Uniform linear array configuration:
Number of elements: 24
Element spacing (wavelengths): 1
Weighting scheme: cosine
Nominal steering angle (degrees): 30
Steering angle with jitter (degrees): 29.585
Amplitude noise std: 0.05
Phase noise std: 0.05

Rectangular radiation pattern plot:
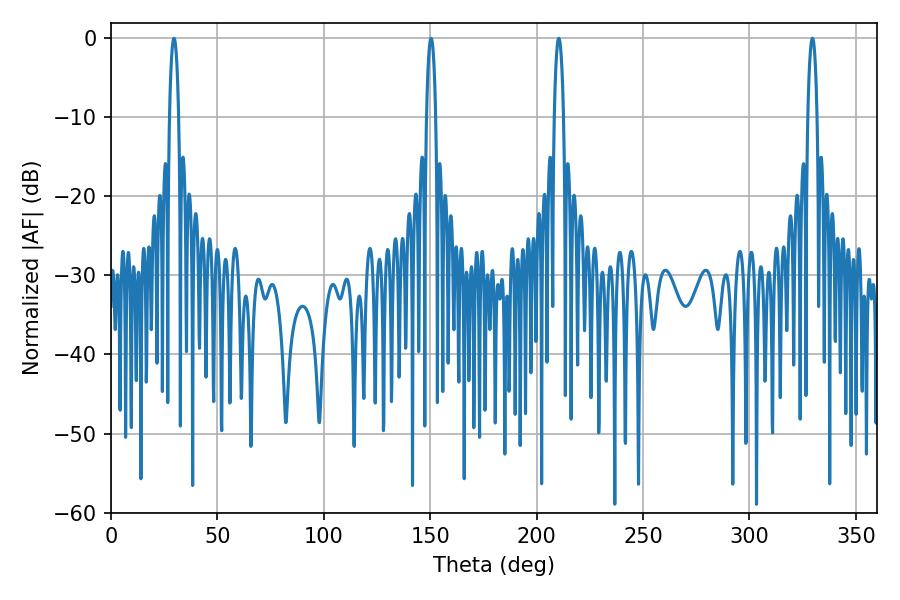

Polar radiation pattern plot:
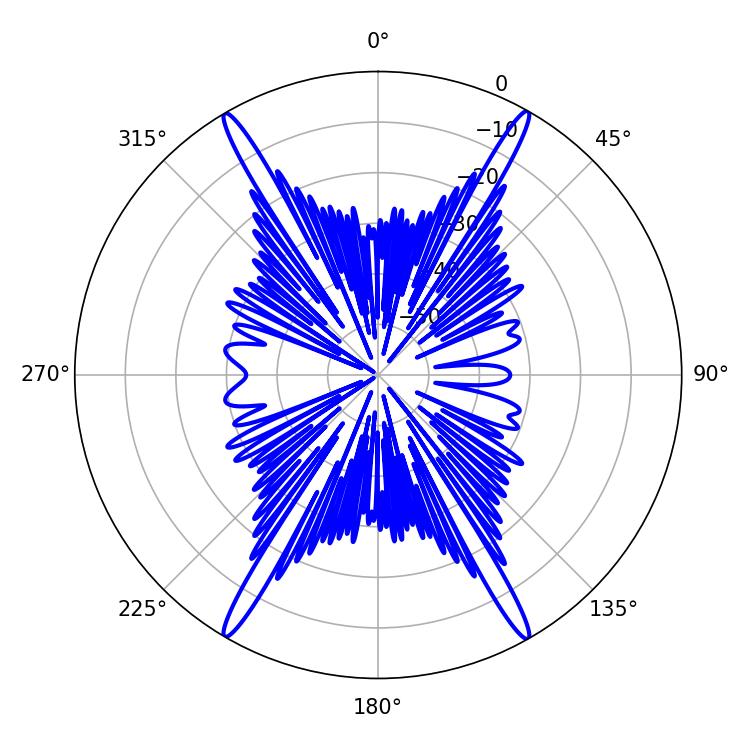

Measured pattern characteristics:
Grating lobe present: TRUE
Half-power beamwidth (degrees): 2.52
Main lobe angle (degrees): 210.42